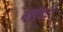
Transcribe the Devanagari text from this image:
मोजिटो